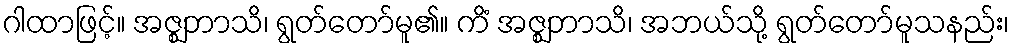
ဂါထာဖြင့်။ အဇ္ဈဘာသိ၊ ရွတ်တော်မူ၏။ ကိံ အဇ္ဈဘာသိ၊ အဘယ်သို့ ရွတ်တော်မူသနည်း၊